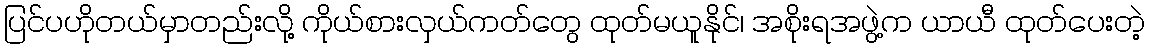
ပြင်ပဟိုတယ်မှာတည်းလို့ ကိုယ်စားလှယ်ကတ်တွေ ထုတ်မယူနိုင်၊ အစိုးရအဖွဲ့က ယာယီ ထုတ်ပေးတဲ့